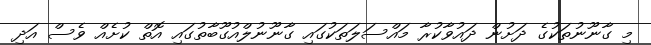
މި ގާނޫނުތަކުގެ ދަށުން ދައުވާކުރާ މައްސަލަތަކުގައި ގާނޫނުލްއުގޫބާތުގައި އޮތް ކުށެއް ވެސް އަދި